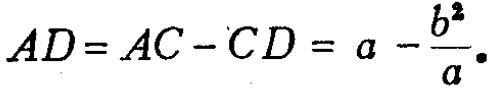
\(AD = AC - CD = a - \frac{b^{2}}{a}.\)